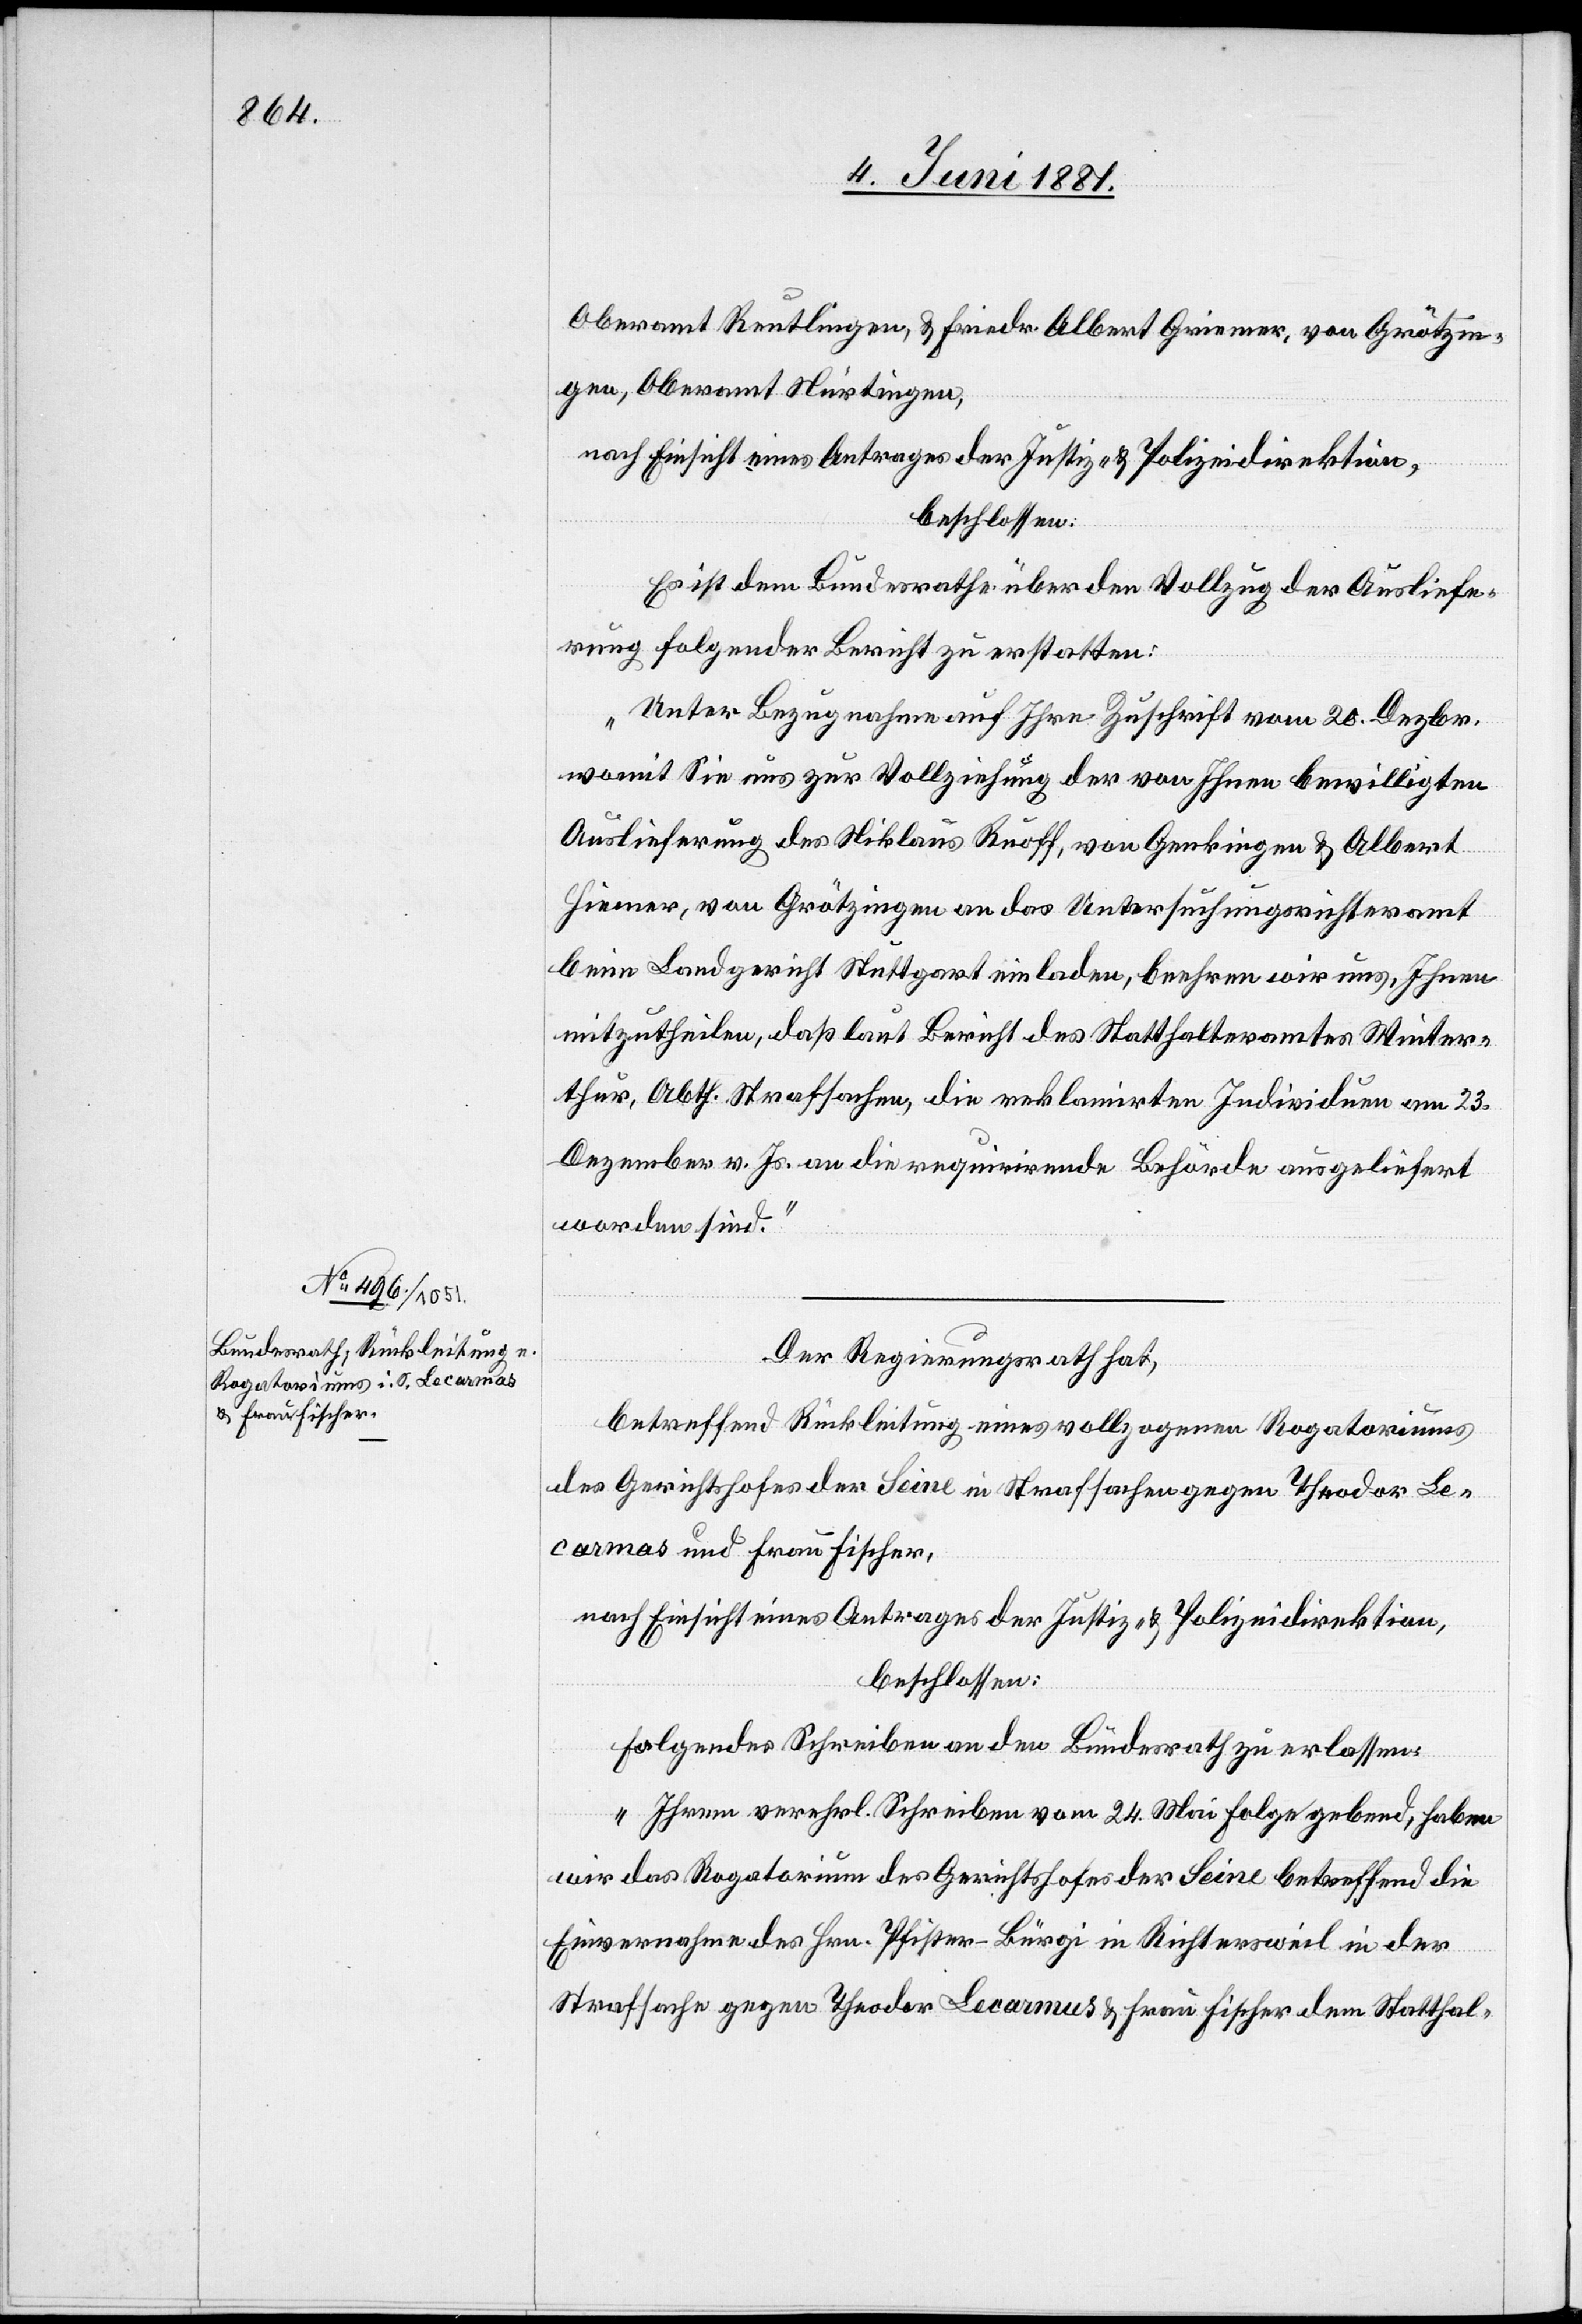
Oberamt Rentlingen, & Friedr. Albert Griemer [sic!], von Grötzin¬
gen, Oberamt Nürtingen,
nach Einsicht eines Antrages der Justiz- & Polizeidirektion,
beschlossen:
Es ist dem Bundesrathe über den Vollzug der Ausliefe¬
rung folgender Bericht zu erstatten:
„Unter Bezugnahme auf Ihre Zuschrift vom 20. Dezbr.
womit Sie uns zur Vollziehung der von Ihnen bewilligten
Auslieferung des Niklaus Ruoff, von Genkingen & Albert
Hiemer, von Grötzingen an das Untersuchungsrichteramt
beim Landgericht Stuttgart einladen, beehren wir uns, Ihnen
mitzutheilen, daß laut Bericht des Statthalteramtes Winter¬
thur, Abth. Strafsachen, die reklamirten Individuen am 23.
Dezember v. Js. an die requirirende Behörde ausgeliefert
worden sind.“
Der Regierungsrath hat
betreffend Rückleitung eines vollzogenen Rogatoriums
des Gerichtshofes der Seine in Strafsachen gegen Theodor Le¬
carmas und Frau Fischer,
nach Einsicht eines Antrages der Justiz- & Polizeidirektion,
beschlossen:
Folgendes Schreiben an den Bundesrath zu erlassen:
„Ihrem verehrl. Schreiben vom 24. Mai Folge gebend, haben
wird das Rogatorium des Gerichtshofes der Seine betreffend die
Einvernahme Hrn. Pfister-Bürgi in Richtersweil in der
Strafsache gegen Theodor Lecarmus [sic!] & Frau Fischer dem Statthal-